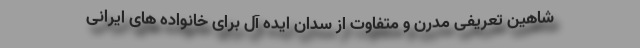
شاهین تعریفی مدرن و متفاوت از سدان ایده آل برای خانواده های ایرانی